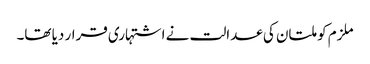
ملزم کو ملتان کی عدالت نے اشتہاری قرار دیا تھا۔